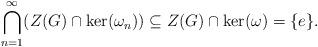
LaTeX: \begin{align*}\bigcap_{n=1}^\infty (Z(G)\cap \textup{ker}(\omega_n))\subseteq Z(G)\cap \textup{ker}(\omega)=\{ e \}.\end{align*}